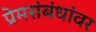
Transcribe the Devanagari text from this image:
प्रेमसंबंधांवर